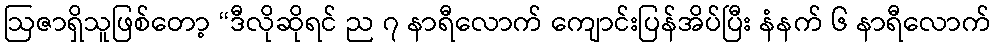
ဩဇာရှိသူဖြစ်တော့ “ဒီလိုဆိုရင် ည ၇ နာရီလောက် ကျောင်းပြန်အိပ်ပြီး နံနက် ၆ နာရီလောက်